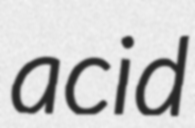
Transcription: acid